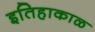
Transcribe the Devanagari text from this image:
इतिहाकाळ